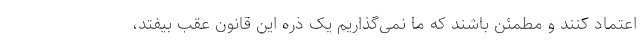
اعتماد کنند و مطمئن باشند که ما نمی‌گذاریم یک ذره این قانون عقب بیفتد،